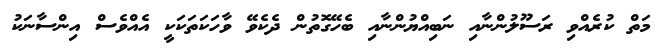
މަތް ކުރެއްވި ރަސޫލުންނާއި ނަބިއްޔުންނާއި ބެހޭގޮތުން ދެކެވޭ ވާހަކަތަކަކީ އެއްވެސް އިންސާނަކު